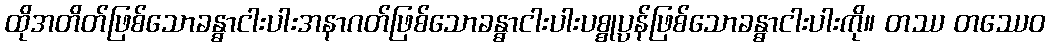
ထိုအတိတ်ဖြစ်သောခန္ဓာငါးပါးအနာဂတ်ဖြစ်သောခန္ဓာငါးပါးပစ္စုပ္ပန်ဖြစ်သောခန္ဓာငါးပါးကို။ တဿ တဿေဝ